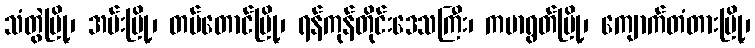
သံတွဲမြို့၊ အမ်းမြို့၊ တပ်တောင်မြို့၊ ရန်ကုန်တိုင်းဒေသကြီး၊ ကမာရွတ်မြို့၊ ကျောက်တံတားမြို့၊